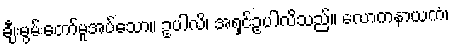
ချီးမွမ်းတော်မူအပ်သော။ ဥပါလိ၊ အရှင်ဥပါလိသည်။ လောကနာယကံ၊